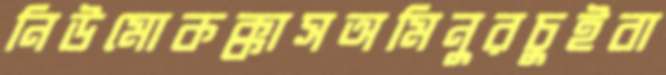
নিউমোকক্কাসঅমিনুরচুইবা